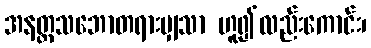
အနတ္တသဘောတရားမျှသာ ဟူ၍လည်းကောင်း၊